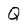
Character: Q